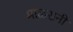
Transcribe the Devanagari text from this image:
माळरानी